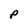
Character: p